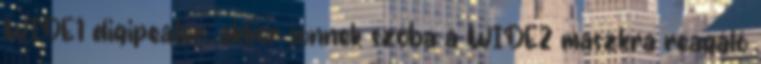
WIDE1 digipeater, akkor jönnek szóba a WIDE2 maszkra reagáló